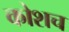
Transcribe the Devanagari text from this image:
कोशच